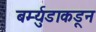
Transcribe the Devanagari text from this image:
बर्म्युडाकडून